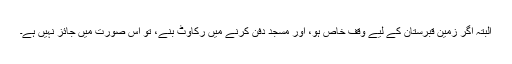
البتہ اگر زمین قبرستان کے لیے وقف خاص ہو، اور مسجد دفن کرنے میں رکاوٹ بنے، تو اس صورت میں جائز نہیں ہے۔